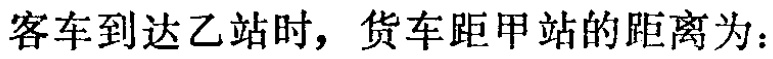
客车到达乙站时，货车距甲站的距离为：